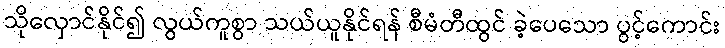
သိုလှောင်နိုင်၍ လွယ်ကူစွာ သယ်ယူနိုင်ရန် စီမံတီထွင် ခဲ့ပေသော ပွင့်ကောင်း